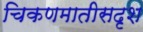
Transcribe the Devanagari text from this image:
चिकणमातीसदृश